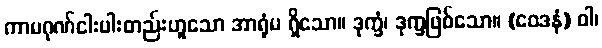
ကာမဂုဏ်ငါးပါးတည်းဟူသော အာရုံမ ရှိသော။ ဒုက္ခံ၊ ဒုက္ခဖြစ်သော။ (ဝေဒနံ) ဝါ၊